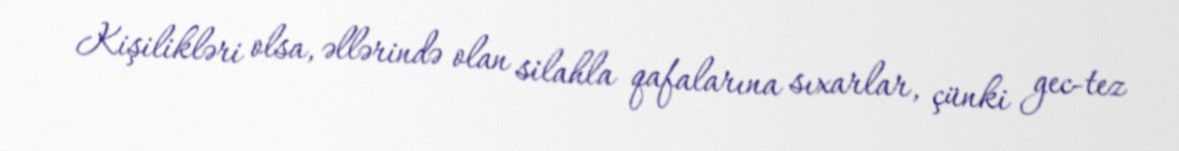
Kişilikləri olsa, əllərində olan silahla qafalarına sıxarlar, çünki gec-tez